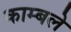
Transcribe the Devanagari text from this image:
काम्बले